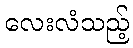
လေးလံသည့်